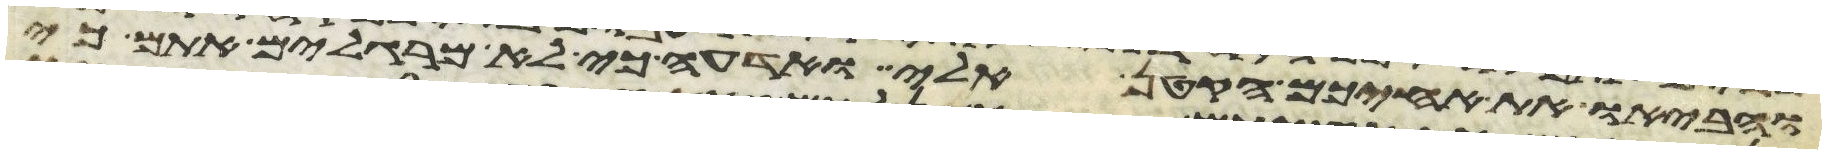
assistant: והביאו את אחיכם הקטן אלי ואדעה כי לא מרגלים אתם כי